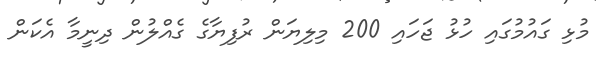
މުޅި ގައުމުގައި ހުޅު ޖަހައި 200 މިލިޔަން ރުފިޔާގެ ގެއްލުން ދިނީމާ އެކަން